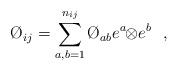
\begin{align*}\O_{ij}=\sum_{a,b=1}^{n_{ij}}\O_{ab}e^{a}\!\!\otimes\! e^{b} \ \ ,\end{align*}